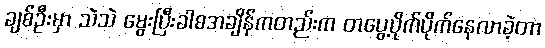
ချစ်ဦးမှာ သဲသဲ မွေးပြီးခါစအချိန်ကတည်းက တပွေ့ပိုက်ပိုက်နေလာခဲ့တာ